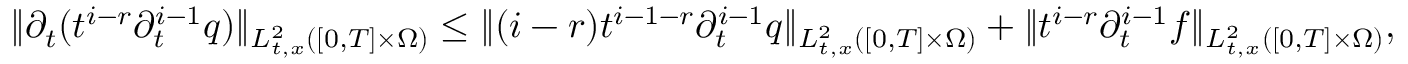
\| \partial _ { t } ( t ^ { i - r } \partial _ { t } ^ { i - 1 } q ) \| _ { L _ { t , x } ^ { 2 } ( [ 0 , T ] \times \Omega ) } \le \| ( i - r ) t ^ { i - 1 - r } \partial _ { t } ^ { i - 1 } q \| _ { L _ { t , x } ^ { 2 } ( [ 0 , T ] \times \Omega ) } + \| t ^ { i - r } \partial _ { t } ^ { i - 1 } f \| _ { L _ { t , x } ^ { 2 } ( [ 0 , T ] \times \Omega ) } ,